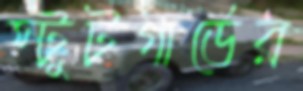
স্টুটগার্ডের